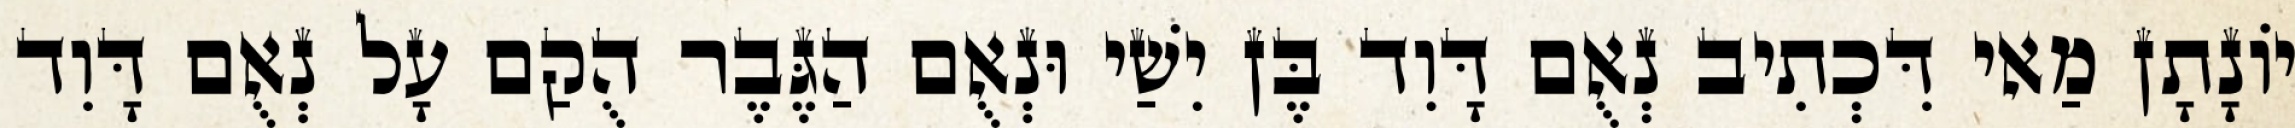
יוֹנָתָן מַאי דִּכְתִיב נְאֻם דָּוִד בֶּן יִשַׁי וּנְאֻם הַגֶּבֶר הֻקַם עָל נְאֻם דָּוִד